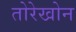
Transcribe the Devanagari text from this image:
तोरेखोन